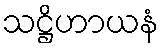
သဋ္ဌိဟာယနံ